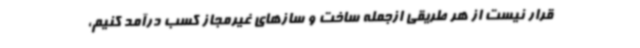
قرار نیست از هر طریقی ازجمله ساخت و سازهای غیرمجاز کسب درآمد کنیم،